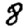
Digit: 8